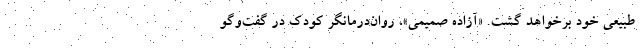
طبیعی خود برخواهد گشت. «آزاده صمیمی»، روان‌درمانگر کودک در گفت‌وگو